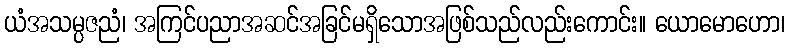
ယံအသမ္ပဇညံ၊ အကြင်ပညာအဆင်အခြင်မရှိသောအဖြစ်သည်လည်းကောင်း။ ယောမောဟော၊